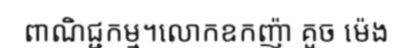
ពាណិជ្ជកម្ម។លោកឧកញ៉ា គួច ម៉េង